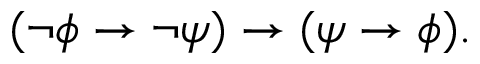
( \lnot \phi \to \lnot \psi ) \to ( \psi \to \phi ) .